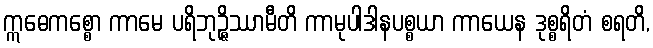
ဣဓေကစ္စော ကာမေ ပရိဘုဉ္ဇိဿာမီတိ ကာမုပါဒါနပစ္စယာ ကာယေန ဒုစ္စရိတံ စရတိ,